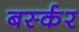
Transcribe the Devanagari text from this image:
बर्स्कर